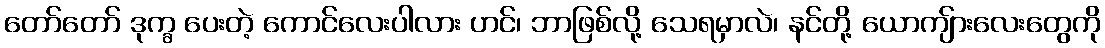
တော်တော် ဒုက္ခ ပေးတဲ့ ကောင်လေးပါလား ဟင်၊ ဘာဖြစ်လို့ သေရမှာလဲ၊ နင်တို့ ယောကျ်ားလေးတွေကို